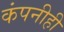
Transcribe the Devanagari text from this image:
कंपनीही